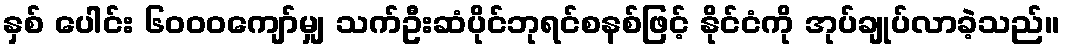
နှစ် ပေါင်း ၆၀၀၀ကျော်မျှ သက်ဦးဆံပိုင်ဘုရင်စနစ်ဖြင့် နိုင်ငံကို အုပ်ချုပ်လာခဲ့သည်။